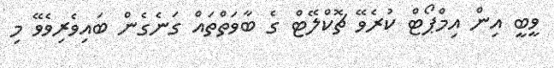
ވީބީ އިން އިމްޕޯޓް ކުރެވޭ ޗޮކްލޭޓް ގެ ބާވަތްތައް ގަނެގެން ބައިވެރިވެވޭ މި